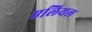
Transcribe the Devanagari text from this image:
एलियल